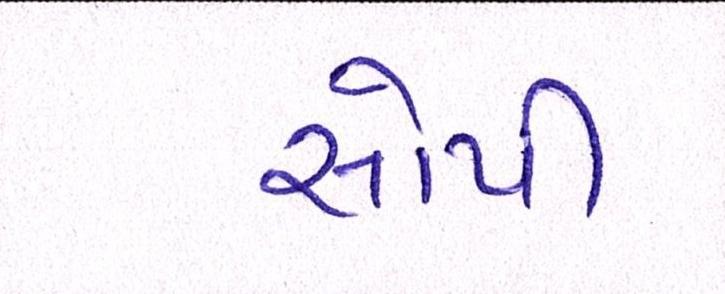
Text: સોપી